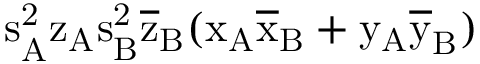
\mathrm { s _ { A } ^ { 2 } \mathrm { z _ { A } \mathrm { s _ { B } ^ { 2 } \mathrm { \overline { { z } } _ { B } ( \mathrm { x _ { A } \mathrm { \overline { { x } } _ { B } + \mathrm { y _ { A } \mathrm { \overline { { y } } _ { B } ) } } } } } } } }